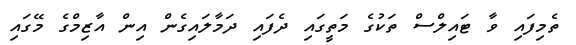
ތެމިފައި ވާ ޓައިލްސް ތަކުގެ މަތީގައި ދެފައި ދަމާލައިގެން އިން އާޒިމްގެ މޭގައި